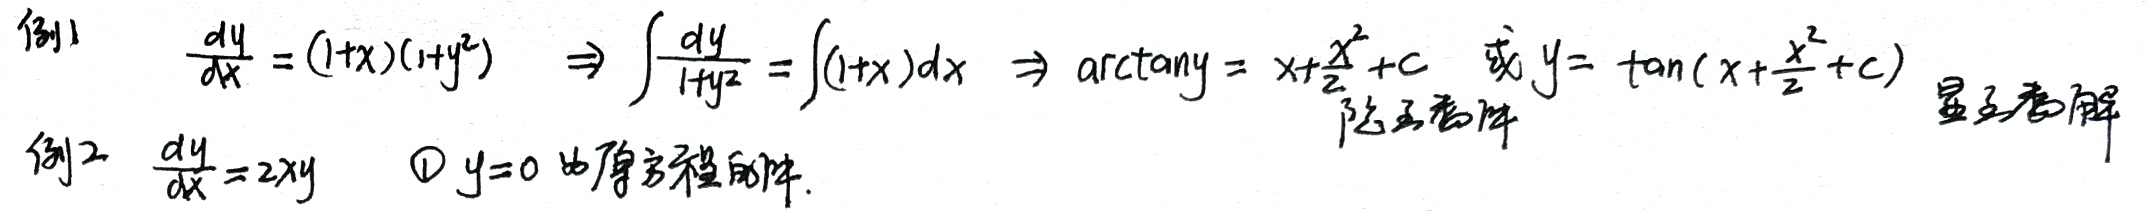
例1
\[
\frac{dy}{dx}=(1 + x)(1 + y^{2})\Rightarrow\int\frac{dy}{1 + y^{2}}=\int(1 + x)dx\Rightarrow\arctan y=x+\frac{x^{2}}{2}+C\text{ 或 }y = \tan\left(x+\frac{x^{2}}{2}+C\right)
\]
例2
\[
\frac{dy}{dx}=2xy
\]
\textcircled{1} \(y = 0\) 为原方程的解.